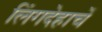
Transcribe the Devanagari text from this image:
लिंगदेहाचें